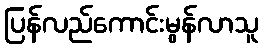
ပြန်လည်ကောင်းမွန်လာသူ